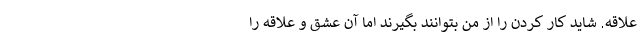
علاقه. شاید کار کردن را از من بتوانند بگیرند اما آن عشق و علاقه را